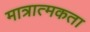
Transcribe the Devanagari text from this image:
मात्रात्मकता